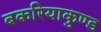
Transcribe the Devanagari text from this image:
बकरियाकुण्ड